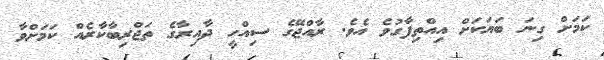
ކަމަށް ގިނަ ބަޔަކަށް އިއްތިފާގުވެ އެވެ. ރާއްޖޭގެ ސިއްހީ ދާއިރާގެ ތަޖްރިބާކާރެއް ކަމަށްވާ